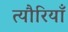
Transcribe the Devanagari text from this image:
त्यौरियाँ